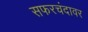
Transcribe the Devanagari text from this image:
सफरचंदावर